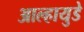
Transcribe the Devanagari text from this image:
आल्हायुडे